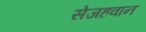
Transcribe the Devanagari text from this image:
सेजहवान